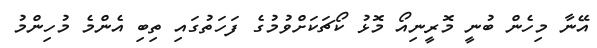
އޭނާ މިހެން ބުނީ މޮރީނިއޯ މޮޅު ކޯޗަކަށްވުމުގެ ފަހަތުގައި ތިބި އެންމެ މުހިންމު